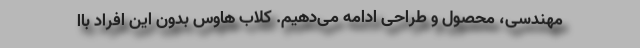
مهندسی، محصول و طراحی ادامه می‌دهیم. کلاب هاوس بدون این افراد باا